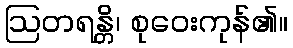
ဩတရန္တိ၊ စုဝေးကုန်၏။